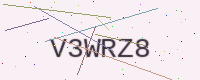
Text: V3WRZ8